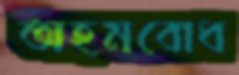
অহমবোধ